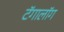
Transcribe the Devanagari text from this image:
टॅगालॉग